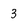
Character: 3